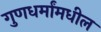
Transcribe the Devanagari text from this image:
गुणधर्मांमधील